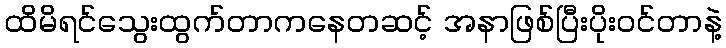
ထိမိရင်သွေးထွက်တာကနေတဆင့် အနာဖြစ်ပြီးပိုးဝင်တာနဲ့